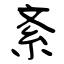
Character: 紊